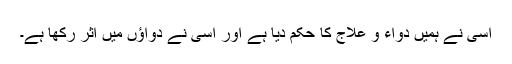
اُسی نے ہمیں دواء و علاج کا حکم دیا ہے اور اُسی نے دواؤں میں اثر رکھا ہے۔